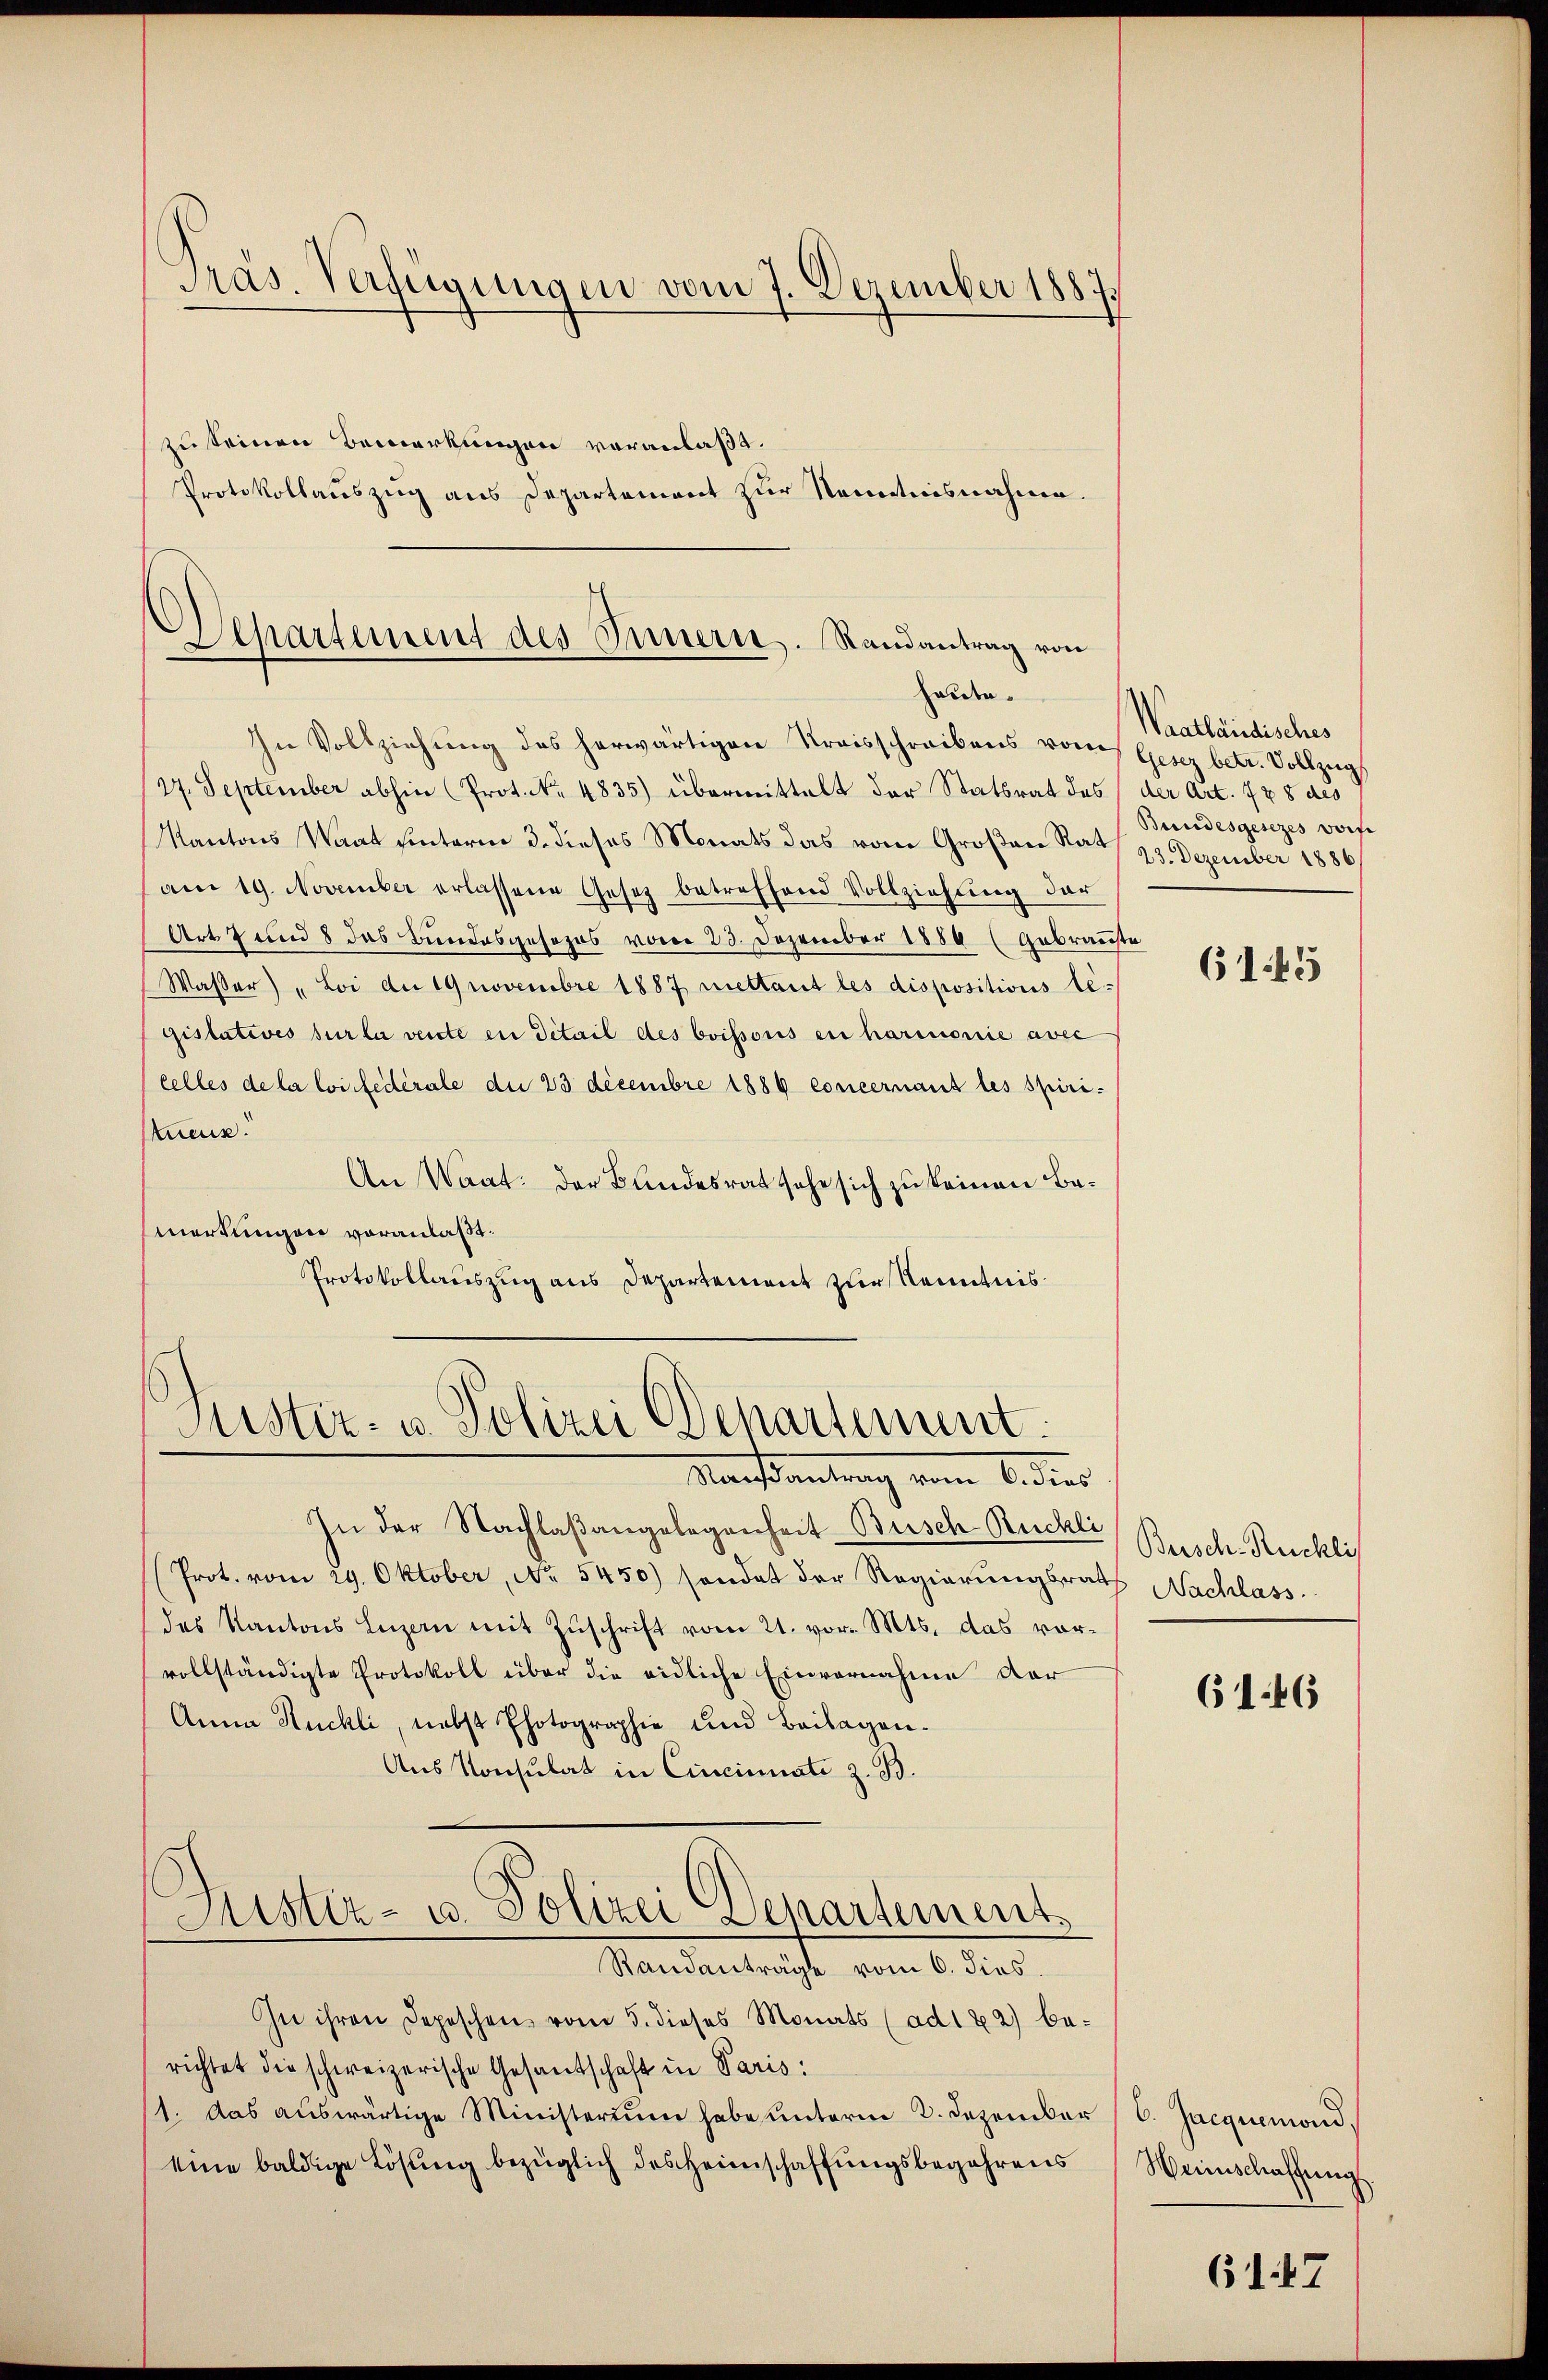
zu seinen Bemerkungen voranlaßt.
Protokollauszug aus Departement zur Kenntnisnahmen.

Präs. Verfügungen vom 7. Dezember 1883.
4

Wepartement des Innern. Randantrag von
halden.

In Vollziehung des herwärtigen Kreisschreibens von Gesez betr. Vollzug
27. September abhin (Prot. N. 4835) übermittelt der Statsrat des (der Art. 778 des
Kantons Waat hinterm 3. dieses Monats das vom Großen Rat 23. Dezember 1886
am 19. November erlassene Gesetz betreffend Vollziehŭng der
Art 7 und 8 das Bundesgesezes vom 23. Dezember 1884 (Gebranste
Wasser) „Loi du 19 novembre 1887 mettant les dispositions legislatives sur la verste en detail des boissous er harmonie avec
celles de la loi fédérale die 23 decembre 1889 concernant les spiri-
tueux.
An Waat: der Bundesrat sehe sich zu keinen Bemerkungen voranlaßt.
Protokollauszug aus Departement zur Kenntnis¬

s
Suster- u. Polizei Departement
Marsamlung vom 6 dies

In der Nachlaßangelegenheit Busch Rückli
(Prot. vom 29. Oktober, No. 5450) sondet der Regierungsrath Nachlass
des Kantons Luzern mit Zŭschrift vom 21. vor. Mts. das vorvollständigte Protokoll über die eidliche Einvernahme der
Anna Kuchli, nebst Photographie und Beilagen¬
Aus Konsulat in Cincinnate z. B.
Justiz- u. Polizei Departement
Randanträge vom 6. dies
In ihren Depeschen vom 5. dieses Monats (ad 172) berichtet die schweizerische Gesantschaft in Paris:
1. das aŭswärtige Ministerium habe unterm 2. Dezember
eine baldige Lösung bezüglich des Heimschaffungsbegehrens

Waatländisches
Bundesgesezes worfe

6145

Bersch-Ruchli

6146

6. Jacquemond.
Weinschaffung

6147